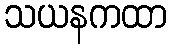
သယနကထာ